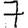
Digit: 7